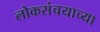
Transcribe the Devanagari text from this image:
लोकसंचयाच्या